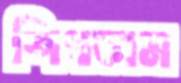
শিখতাম